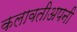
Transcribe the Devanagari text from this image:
कलावतीअपनी